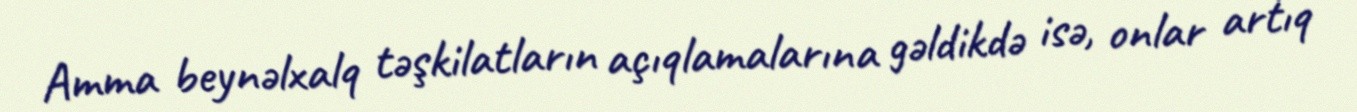
Amma beynəlxalq təşkilatların açıqlamalarına gəldikdə isə, onlar artıq